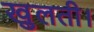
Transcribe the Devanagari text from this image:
खुलती।